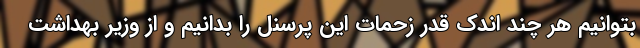
بتوانیم هر چند اندک قدر زحمات این پرسنل را بدانیم و از وزیر بهداشت